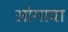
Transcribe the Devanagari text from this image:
ओगावा